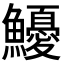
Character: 𩽇